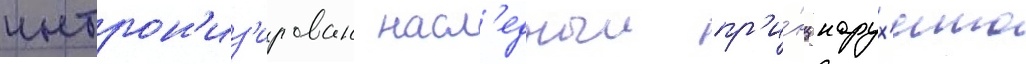
интрон'из'ирован насл'едныи пр'и́нц нарух'ито